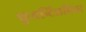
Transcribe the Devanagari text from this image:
फुएन्टिलबिला